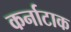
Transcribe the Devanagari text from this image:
कर्नाटाक